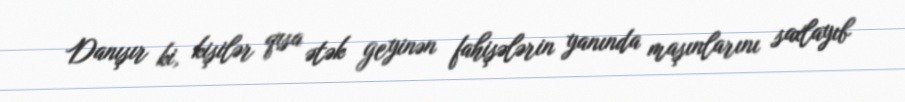
Danışır ki, kişilər qısa ətək geyinən fahişələrin yanında maşınlarını saxlayıb